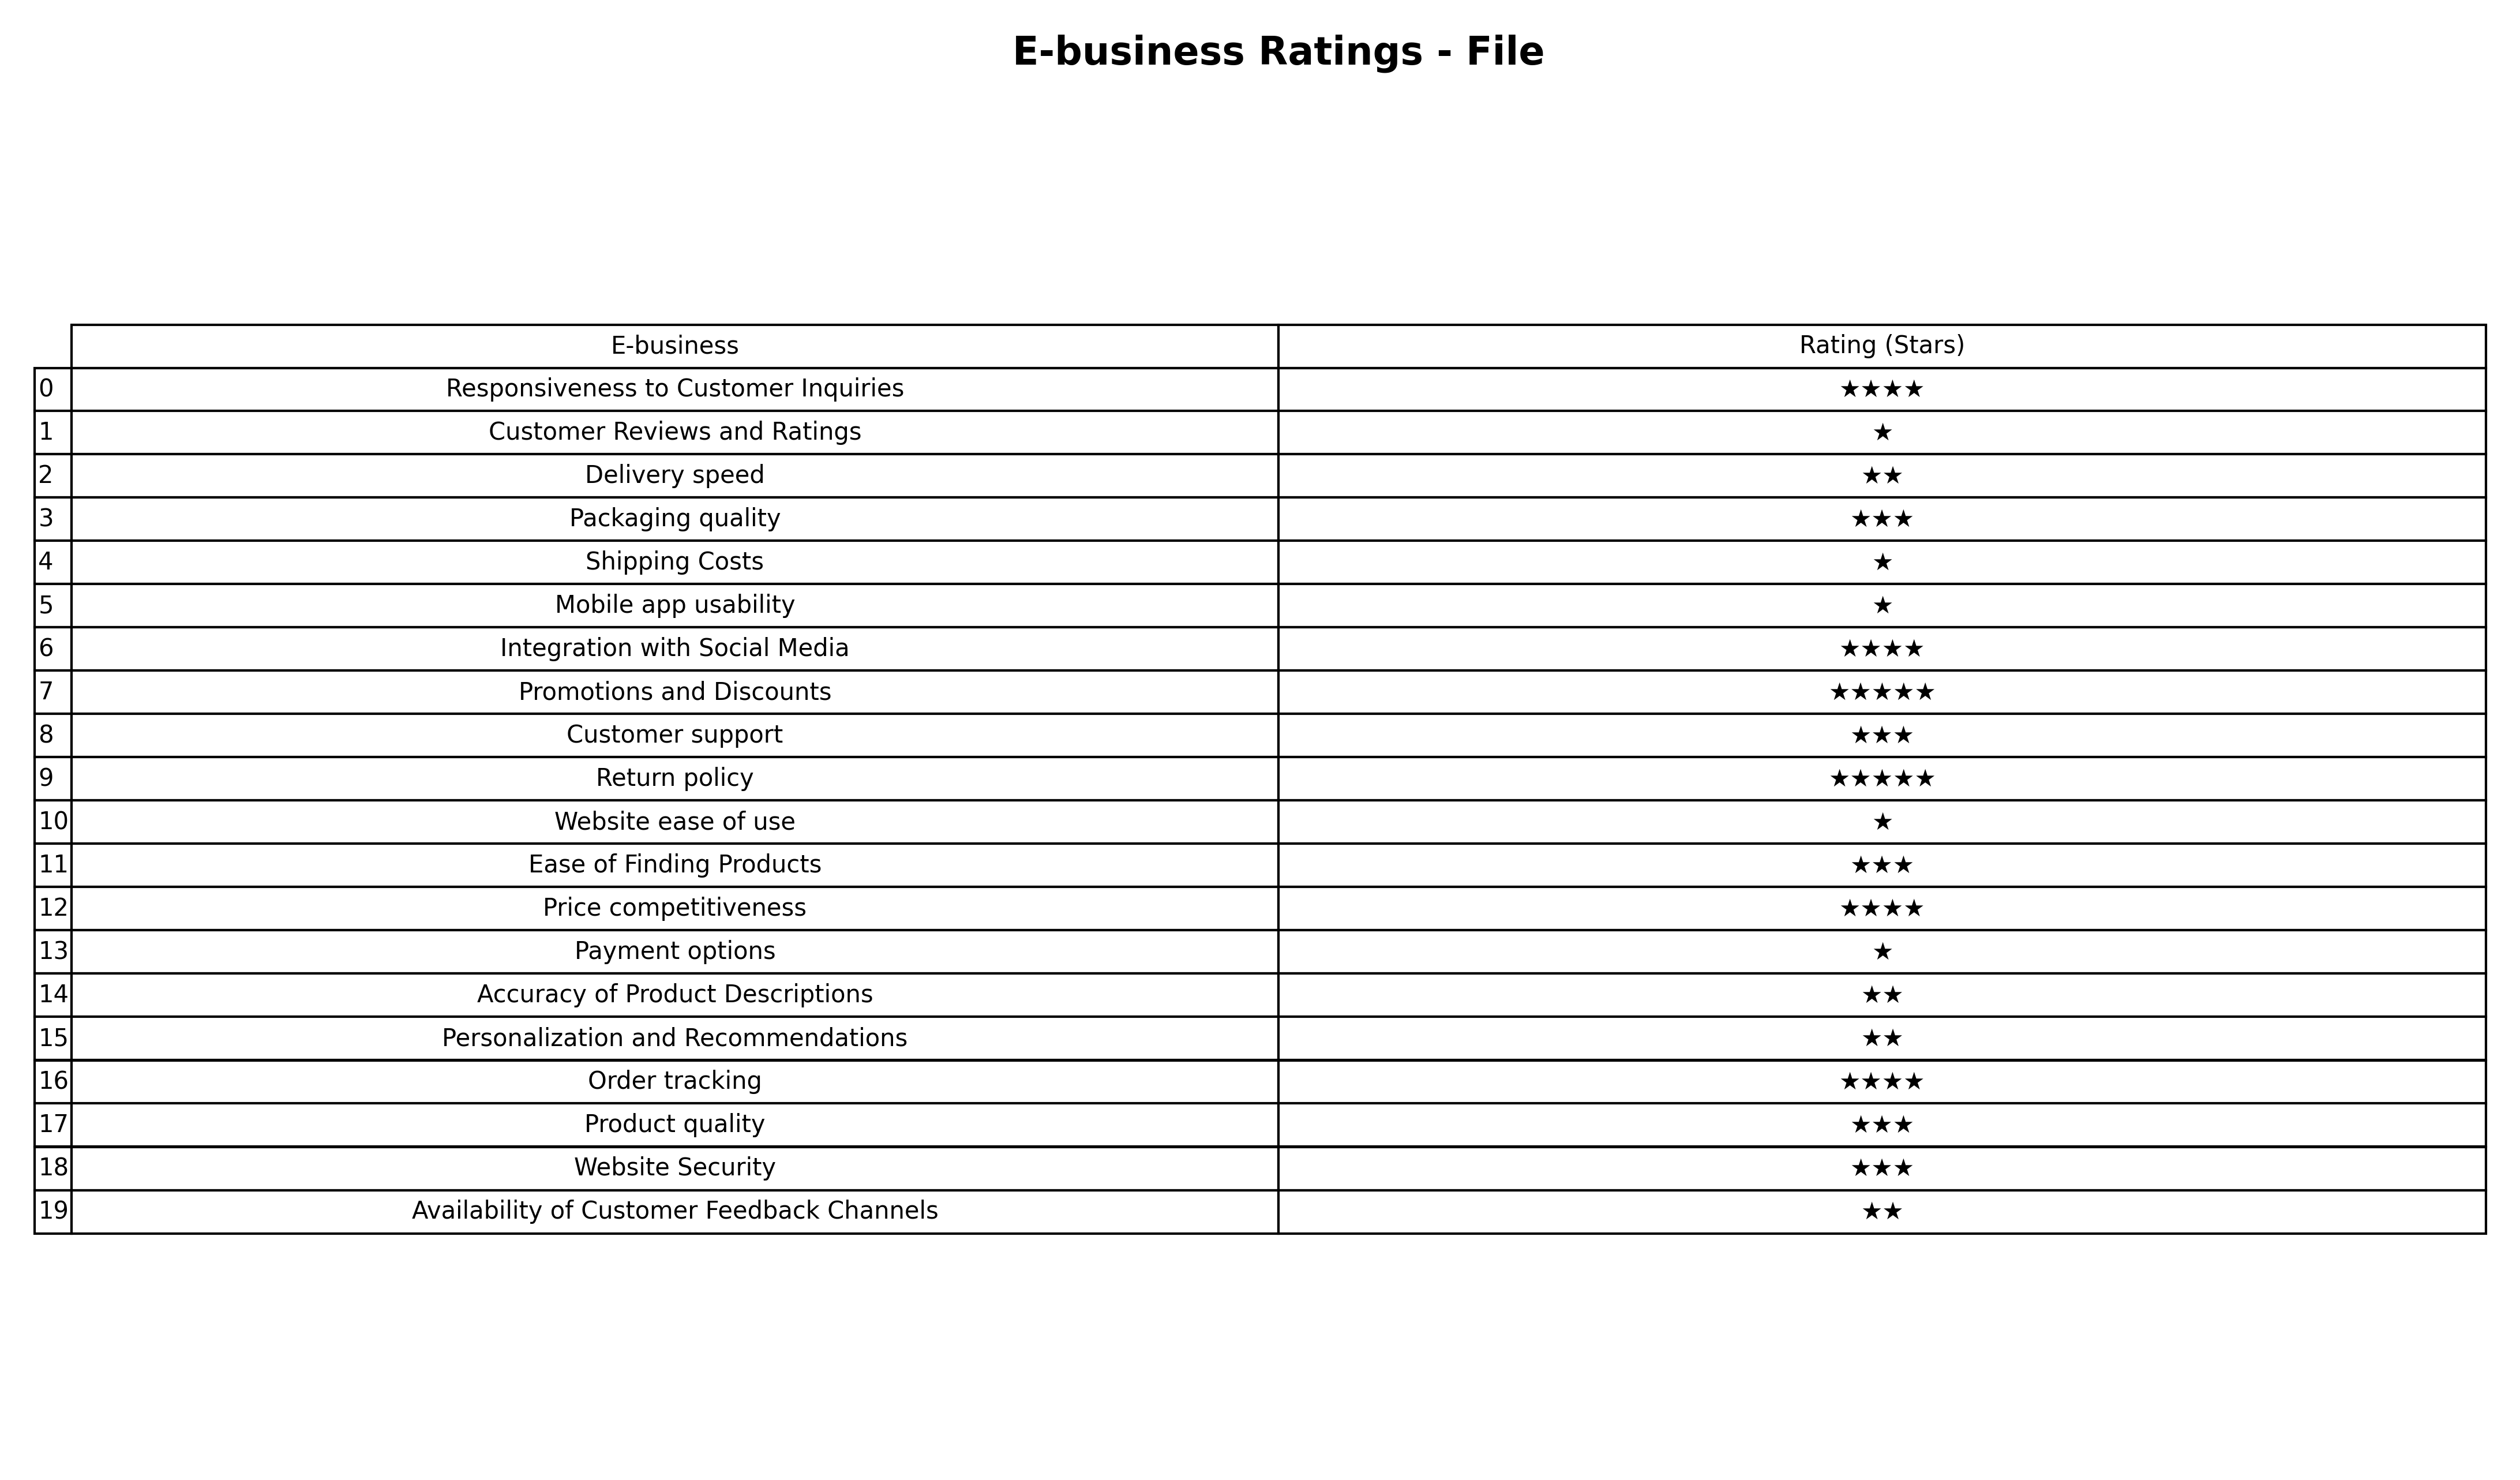
question: What are lowest rating services?
answer: Promotions and DiscountsReturn policy